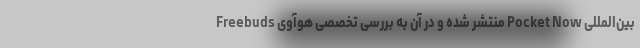
بین‌المللی Pocket Now منتشر شده و در آن به بررسی تخصصی هوآوی Freebuds